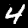
Label: 4